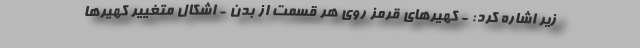
زیر اشاره کرد: - کهیرهای قرمز روی هر قسمت از بدن - اشکال متغییر کهیرها